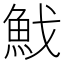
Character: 䰹